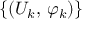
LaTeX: \{ ( U _ { k } , \, \varphi _ { k } ) \}